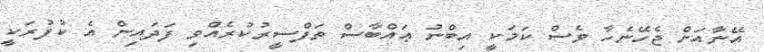
އޭނާއަށް ޖެހޭނެހާ ވެސް ކަމަކީ އިބްނު ޢައްބާސް ތަފްސީރުކުރެއްވި ފަދައިން އެ ކުފުރަކީ